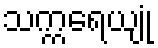
သက္ကရေယျုံ